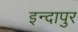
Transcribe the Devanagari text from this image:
इन्दापुर